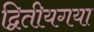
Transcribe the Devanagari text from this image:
द्वितीयगया